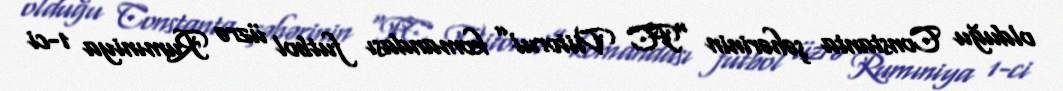
olduğu Constanta şəhərinin “FC Viitorul” komandası futbol üzrə Rumıniya 1-ci